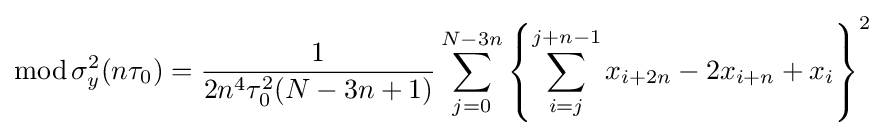
\operatorname {mod} \sigma _{y}^{2}(n\tau _{0})={\frac {1}{2n^{4}\tau _{0}^{2}(N-3n+1)}}\sum _{j=0}^{N-3n}\left\{\sum _{i=j}^{j+n-1}x_{i+2n}-2x_{i+n}+x_{i}\right\}^{2}